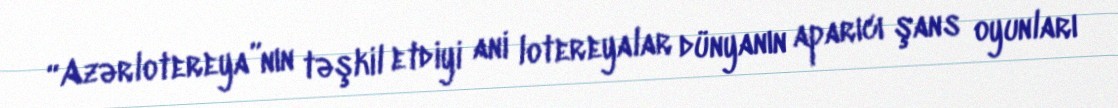
“Azərlotereya”nın təşkil etdiyi ani lotereyalar dünyanın aparıcı şans oyunları